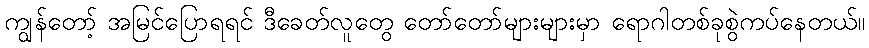
ကျွန်တော့် အမြင်ပြောရရင် ဒီခေတ်လူတွေ တော်တော်များများမှာ ရောဂါတစ်ခုစွဲကပ်နေတယ်။